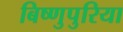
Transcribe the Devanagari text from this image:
बिष्णुपुरिया